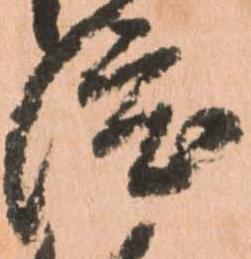
渡